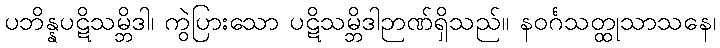
ပဘိန္နပဋိသမ္ဘိဒါ၊ ကွဲပြားသော ပဋိသမ္ဘိဒါဉာဏ်ရှိသည်။ နဝင်္ဂသတ္ထုသာသနေ၊